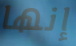
إنها